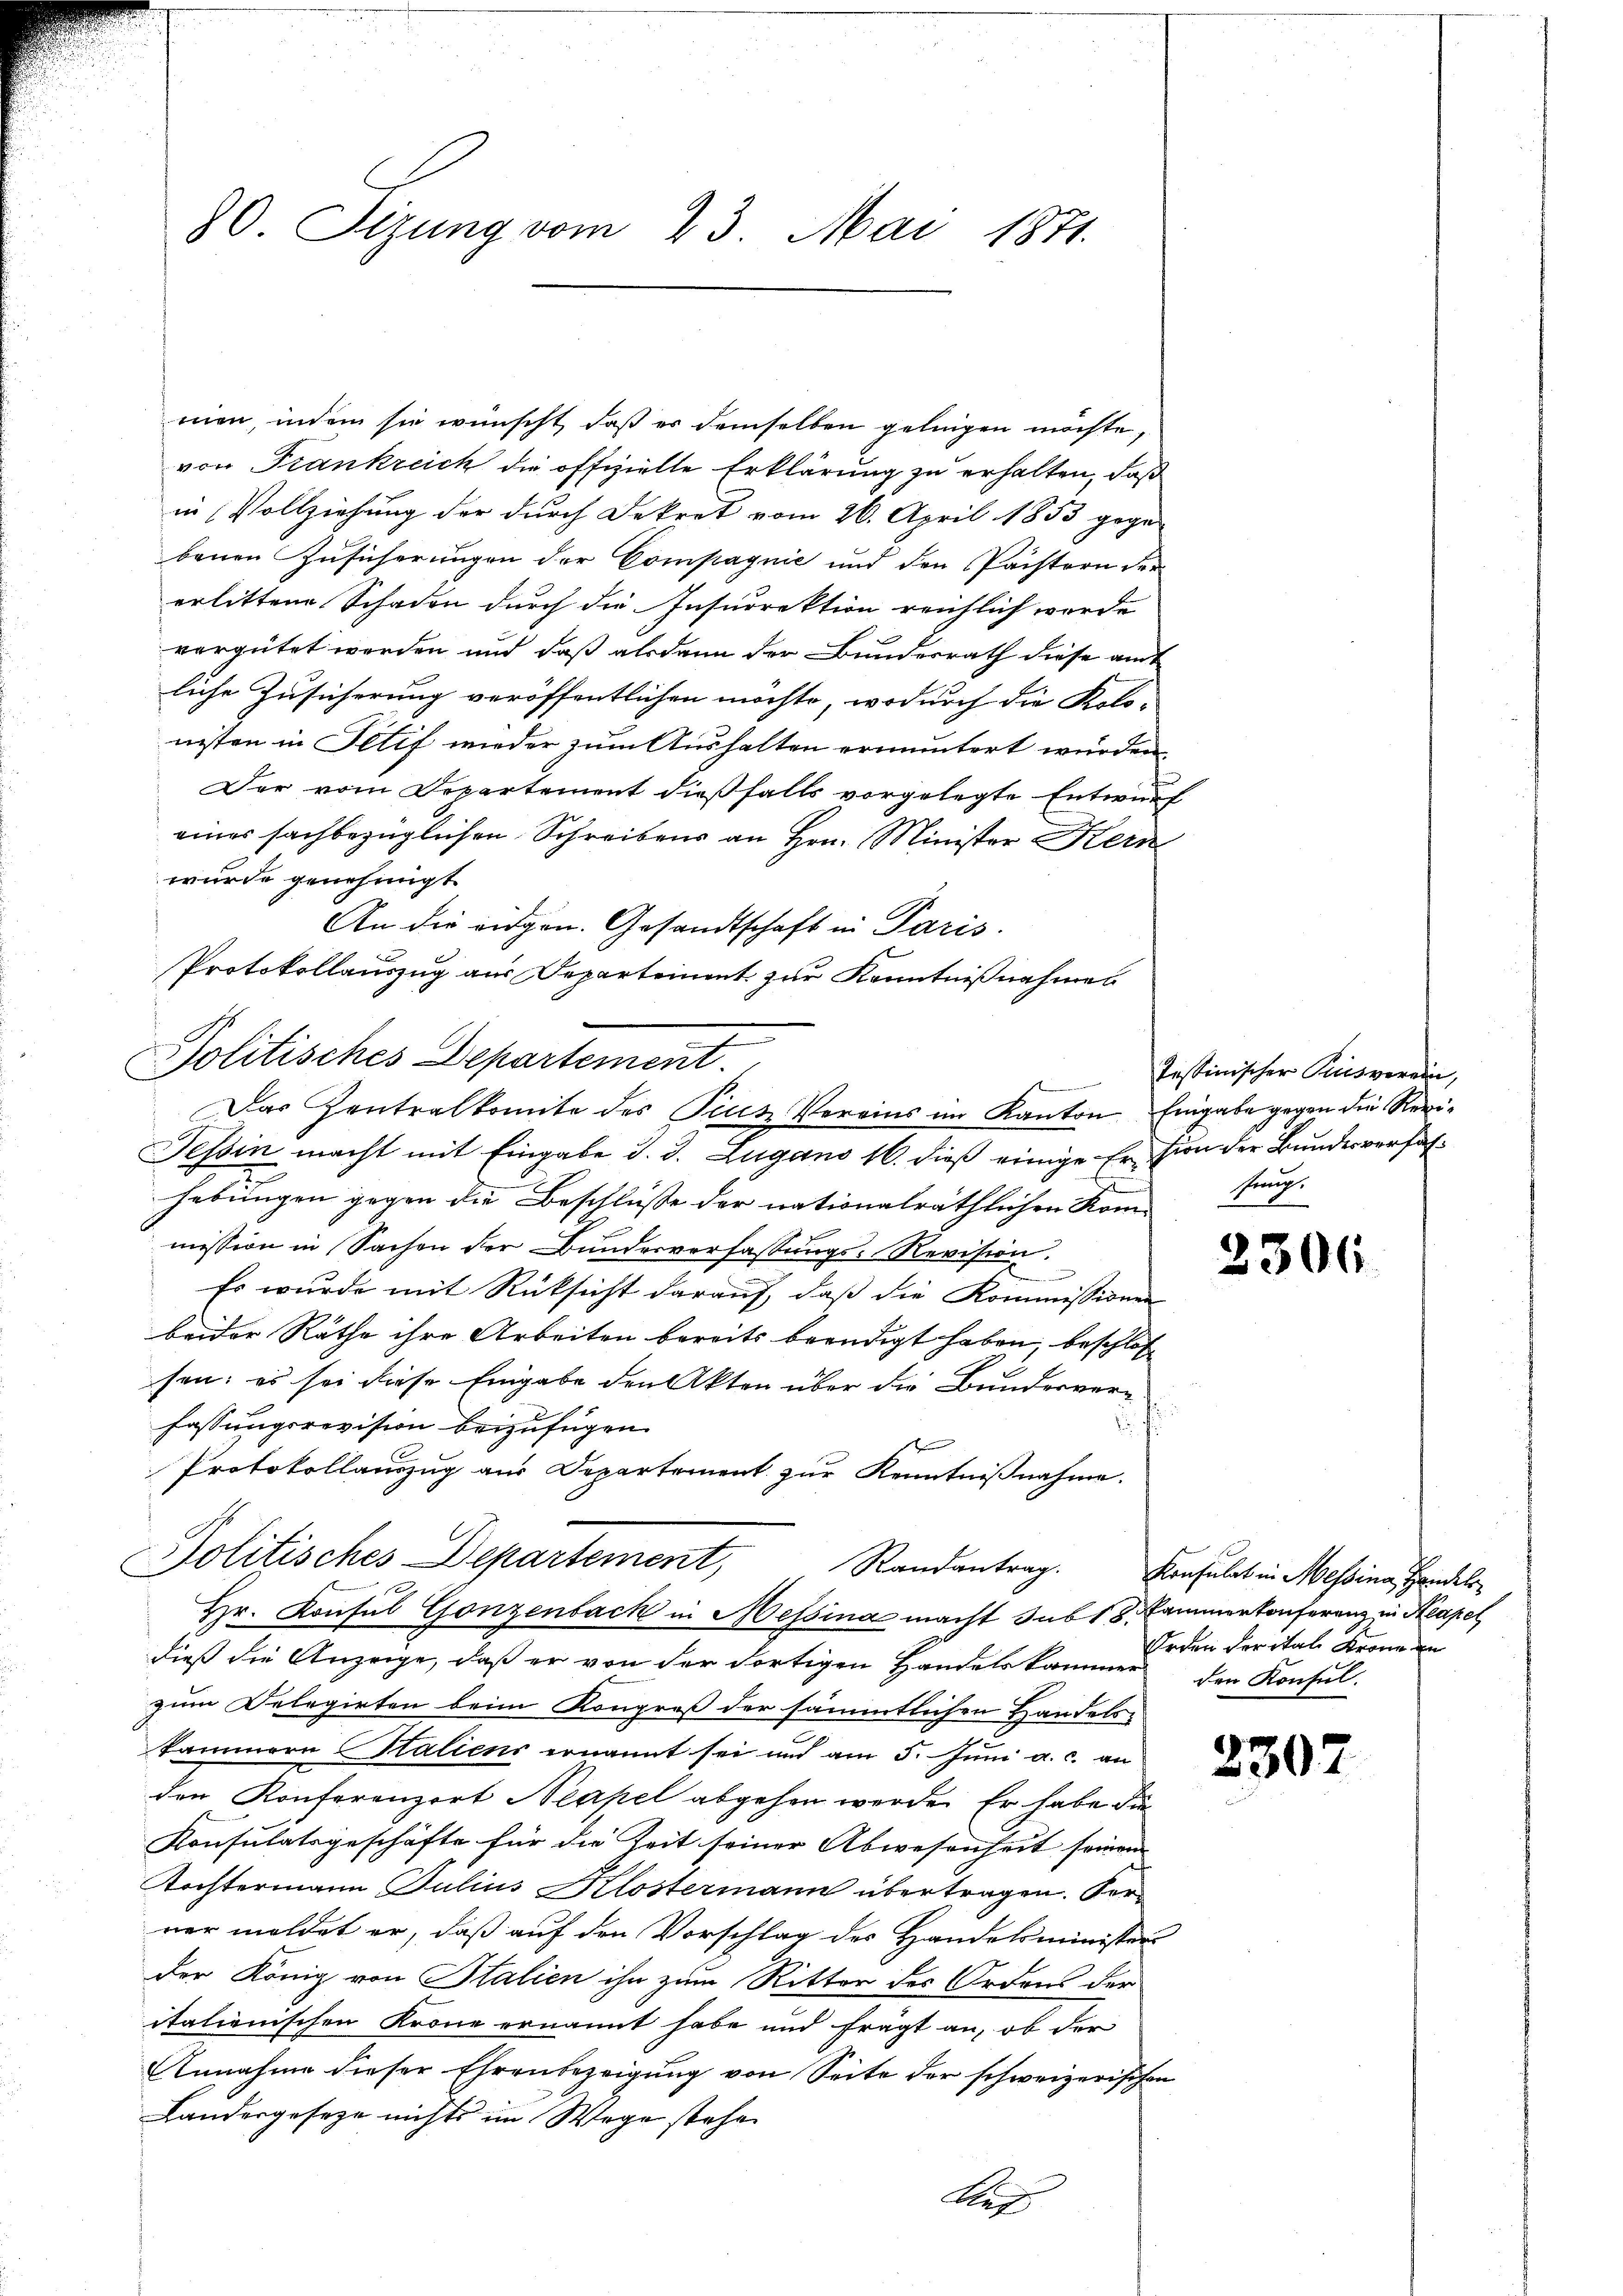
80. Sizung vom 23. Mai 1871.

men, indem sie wünscht, daß es demselben gelingen möchte,
von Frankreich die offizielte Erklärung zu erhalten, daß
in Vollziehung der durch Dekret vom 26. April 1853 gegen
benen Zusicherungen der Compagnie und den Pächtern der
erlittene Schaden durch die Insurrektion reichlich werde
vergütet werden und daß alsdann der Bundesrath diese amt
liche Zusicherung veröffentlichen möchte, wodurch die Kolo-
niten in Titif wieder zum Aushalten ermuntert wurden.
Der vom Departement dießfalls vorgelegte Entwurf
eines sachbezüglichen Schreibens an Hrn. Minister Kern
wurde genehmigt
An die eidgen. Gesandtschaft in Paris.
Tessin macht mit Eingabe d. d. Zugano 16. dieß einige Ersion der Bundesverhaf¬
.
hebungen gegen die Beschlüsse der nationalräthlichen Kom-
mission in Sachen der Bundesverfassungs-Revision
Es wurde mit Rücksicht daraŭf, daβ die Kommissionen
beider Räthe ihre Arbeiten bereits beendigt haben, beschloß
sen; es sei diese Eingabe den Akten über die Bunderver-
fassungsrevision beizufügen.
f
f
Protokollauszug aus Departement zur Kenntnißnahme.
Politisches Departement,
Randantrag. Konsulat in Messina, Handel
f
Hr. Konsul Gonzenbach in Messina macht sub 18. Cammenkonferenz in Kapel
dieß die Anzeige, daß er von der dortigen Handelskammer den Konsul-
zum Delegirten beim Kongreß der sämmtlichen Handels-
kammern Staliens ernannt sei und am 5. Juni a. c. an
den Konferenzert Neapel abgehen werde. Er habe die
Konsulatsgeschäfte für die Zeit seiner Abwesenheit seinem
Tochtermann Julius Klostermann übertragen. Fer
ner meldet er, daß auf den Vorschlag des Handelsminister
der König von Stalien ihn zum Ritter der Ordens der
italienischen Krone ernannt habe und frägt an, ob der
Annahme dieser Ehrenbezeigung von Seite der schweizerischen
Landesgeseze nichts im Wege stehe
A

Protokollauszug aus Departement zur Kenntnißnahmes
Politisches Departement.
Das Zentralkomite des Pius Vereins im Kanton Eingabe gegen die Revi¬

Tessinischer Pries werden,
sung.

2306

Orden der ital Krone in

2307